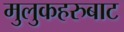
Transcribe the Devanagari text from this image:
मुलुकहरुबाट